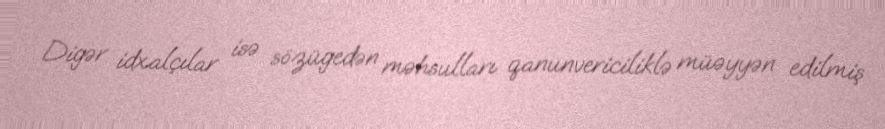
Digər idxalçılar isə sözügedən məhsulları qanunvericiliklə müəyyən edilmiş